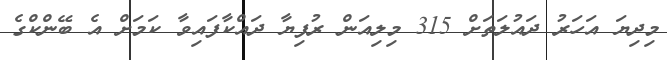
މިދިޔަ އަހަރު ދައުލަތަށް 315 މިލިއަން ރުފިޔާ ދައްކާފައިވާ ކަމަށް އެ ބޭންކްގެ